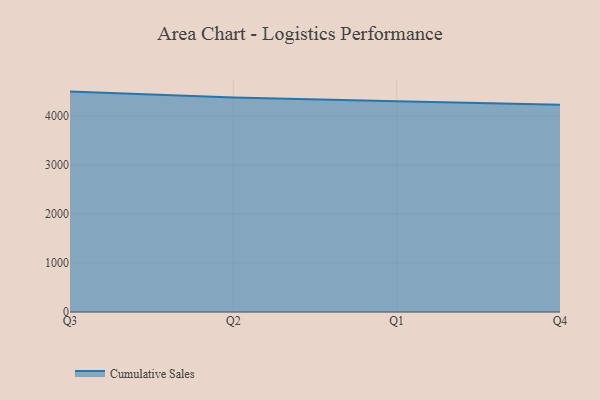
{"axis": {"x": "Quarter", "y": "Satisfaction Score"}, "legend": ["Cumulative Sales"], "data": [{"x": "Q3", "y": 4502.2, "type": "Cumulative Sales"}, {"x": "Q2", "y": 4382.3, "type": "Cumulative Sales"}, {"x": "Q1", "y": 4304.9, "type": "Cumulative Sales"}, {"x": "Q4", "y": 4233.0, "type": "Cumulative Sales"}]}